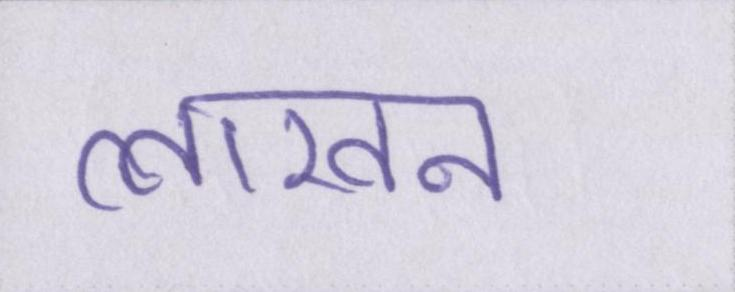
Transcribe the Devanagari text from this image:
लाखन